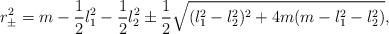
LaTeX: \begin{align*}r_{\pm}^2=m-{1\over 2}l_1^2-{1\over 2}l_2^2 \pm{1\over 2}\sqrt{(l^2_1-l^2_2)^2+4m(m-l^2_1-l^2_2)},\end{align*}